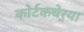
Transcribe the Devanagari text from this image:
कोर्टकचेर्‍या